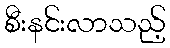
စီးနင်းလာသည့်